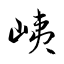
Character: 峓